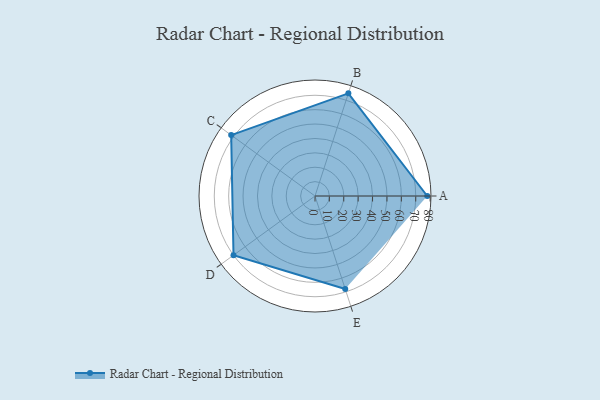
{"axis": {"x": "Skill", "y": "Score"}, "legend": ["Profile"], "data": [{"x": "A", "y": 78.0, "type": "Profile"}, {"x": "B", "y": 75.0, "type": "Profile"}, {"x": "C", "y": 72.0, "type": "Profile"}, {"x": "D", "y": 70.0, "type": "Profile"}, {"x": "E", "y": 68.0, "type": "Profile"}]}